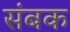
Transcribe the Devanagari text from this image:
संबक